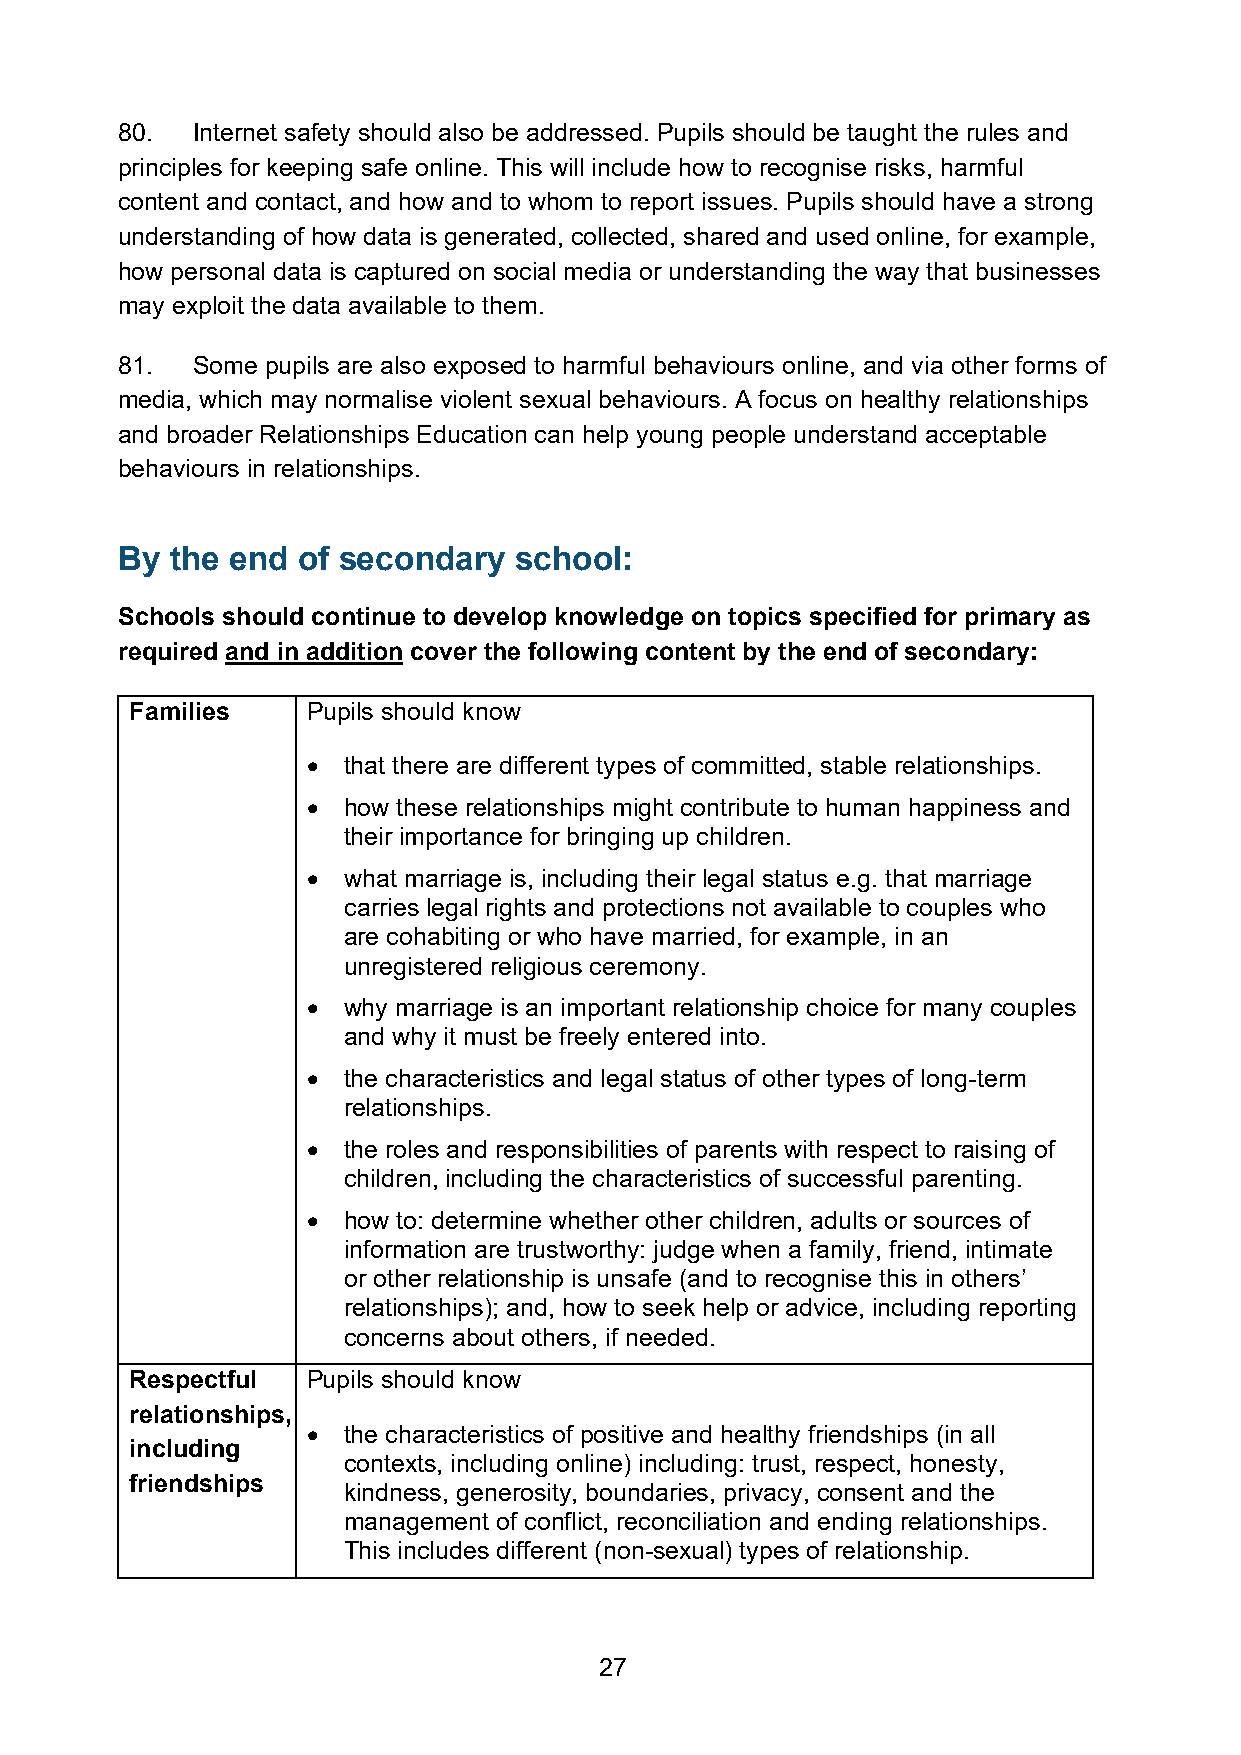
80.  Internet safety should also be addressed. Pupils should be taught the rules and
 principles for keeping safe online. This will include how to recognise risks, harmful
 content and contact, and how and to whom to report issues. Pupils should have a strong
 understanding of how data is generated, collected, shared and used online, for example,
 how personal data is captured on social media or understanding the way that businesses
 may exploit the data available to them.
 81.  Some pupils are also exposed to harmful behaviours online, and via other forms of
 media, which may normalise violent sexual behaviours. A focus on healthy relationships
 and broader Relationships Education can help young people understand acceptable
 behaviours in relationships.
 By the end  of secondary  school:
 Schools should continue to develop knowledge on topics specified for primary as
 required and in addition cover the following content by the end of secondary:
 Families   Pupils should know
 •  that there are different types of committed, stable relationships.
 •  how these relationships might contribute to human happiness and
 their importance for bringing up children.
 •  what marriage is, including their legal status e.g. that marriage
 carries legal rights and protections not available to couples who
 are cohabiting or who have married, for example, in an
 unregistered religious ceremony.
 •  why marriage is an important relationship choice for many couples
 and why it must be freely entered into.
 •  the characteristics and legal status of other types of long-term
 relationships.
 •  the roles and responsibilities of parents with respect to raising of
 children, including the characteristics of successful parenting.
 •  how to: determine whether other children, adults or sources of
 information are trustworthy: judge when a family, friend, intimate
 or other relationship is unsafe (and to recognise this in others’
 relationships); and, how to seek help or advice, including reporting
 concerns about others, if needed.
 Respectful Pupils should know
 relationships,
 •  the characteristics of positive and healthy friendships (in all
 including
 contexts, including online) including: trust, respect, honesty,
 friendships
 kindness, generosity, boundaries, privacy, consent and the
 management of conflict, reconciliation and ending relationships.
 This includes different (non-sexual) types of relationship.
 27